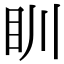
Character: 𥃹